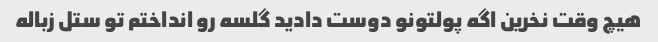
هیچ وقت نخرین اگه پولتونو دوست دادید گلسه رو انداختم تو ستل زباله